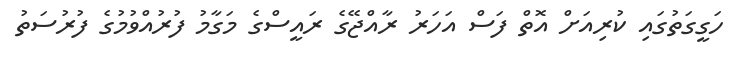
ހަގީގަތުގައި ކުރިއަށް އޮތް ފަސް އަހަރު ރާއްޖޭގެ ރައީސްގެ މަގާމު ފުރުއްވުމުގެ ފުރުސަތު